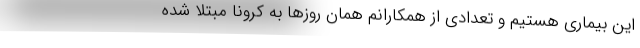
این بیماری هستیم و تعدادی از همکارانم همان روزها به کرونا مبتلا شده